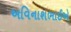
અવિનાશભાઈએ